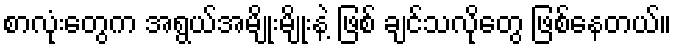
စာလုံးတွေက အရွယ်အမျိုးမျိုးနဲ့ ဖြစ် ချင်သလိုတွေ ဖြစ်နေတယ်။